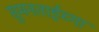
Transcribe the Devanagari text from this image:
सुमनताईच्या